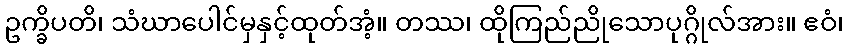
ဥက္ခိပတိ၊ သံဃာပေါင်မှနှင့်ထုတ်အံ့။ တဿ၊ ထိုကြည်ညိုသောပုဂ္ဂိုလ်အား။ ဧဝံ၊